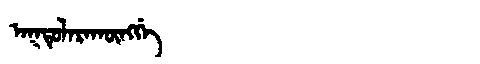
Manchu: ᠠᡴᡩᡠᠯᠠᡵᠠᡴᡡᠩᡤᡝ
Romanization: AKDULARAKŪNGGE